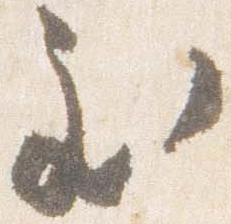
至